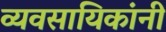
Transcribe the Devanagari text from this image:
व्यवसायिकांनी